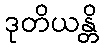
ဒုတိယန္တိ